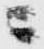
ニ